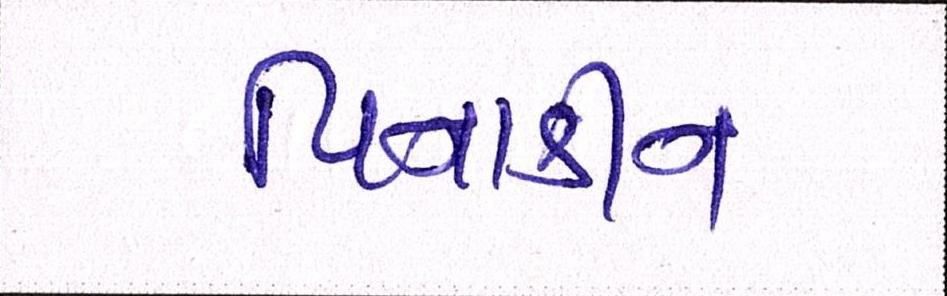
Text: પિનાકીન